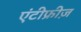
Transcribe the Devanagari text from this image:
एंटीफ्रीज़